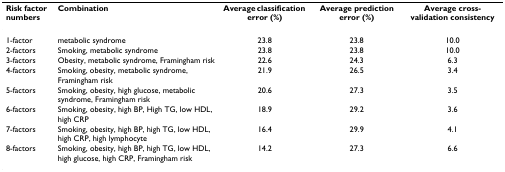
<table><thead><tr><td><b>Risk factor numbers</b></td><td><b>Combination</b></td><td><b>Average classification error (%)</b></td><td><b>Average prediction error (%)</b></td><td><b>Average cross-validation consistency</b></td></tr></thead><tbody><tr><td>1-factor</td><td>metabolic syndrome</td><td>23.8</td><td>23.8</td><td>10.0</td></tr><tr><td>2-factors</td><td>Smoking, metabolic syndrome</td><td>23.8</td><td>23.8</td><td>10.0</td></tr><tr><td>3-factors</td><td>Obesity, metabolic syndrome, Framingham risk</td><td>22.6</td><td>24.3</td><td>6.3</td></tr><tr><td>4-factors</td><td>Smoking, obesity, metabolic syndrome, Framingham risk</td><td>21.9</td><td>26.5</td><td>3.4</td></tr><tr><td>5-factors</td><td>Smoking, obesity, high glucose, metabolic syndrome, Framingham risk</td><td>20.6</td><td>27.3</td><td>3.5</td></tr><tr><td>6-factors</td><td>Smoking, obesity, high BP, High TG, low HDL, high CRP</td><td>18.9</td><td>29.2</td><td>3.6</td></tr><tr><td>7-factors</td><td>Smoking, obesity, high BP, high TG, low HDL, high CRP, high lymphocyte</td><td>16.4</td><td>29.9</td><td>4.1</td></tr><tr><td>8-factors</td><td>Smoking, obesity, high BP, high TG, low HDL, high glucose, high CRP, Framingham risk</td><td>14.2</td><td>27.3</td><td>6.6</td></tr></tbody></table>